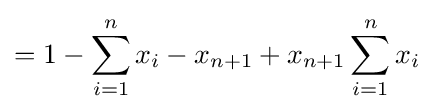
=1-\sum _{i=1}^{n}x_{i}-x_{n+1}+x_{n+1}\sum _{i=1}^{n}x_{i}